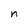
Character: n